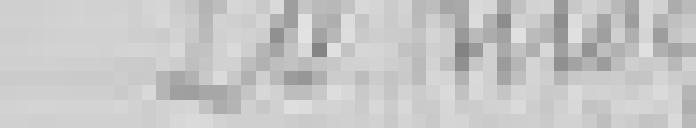
sortie : 20 kilos